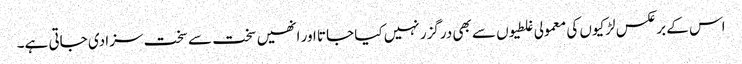
اس کے برعکس لڑکیوں کی معمولی غلطیوں سے بھی درگزر نہیں کیا جاتا اور انھیں سخت سے سخت سزا دی جاتی ہے۔